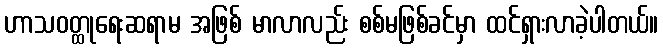
ဟာသဝတ္ထုရေးဆရာမ အဖြစ် မာလာလည်း စစ်မဖြစ်ခင်မှာ ထင်ရှားလာခဲ့ပါတယ်။